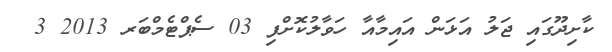
ކާށިދޫގައި ޖަލު އަޅަން އައިމާއާ ހަވާލުކޮށްފި 03 ސެޕްޓެމްބަރ 2013 3